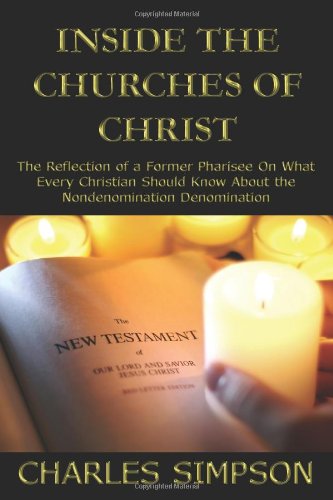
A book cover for Inside the Churches of Christ: The Reflection of a Former Pharisee On What Every Christian Should Know About the Nondenomination Denomination; Charles Simpson; Christian Books & Bibles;